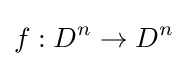
f:D^{n}\to D^{n}